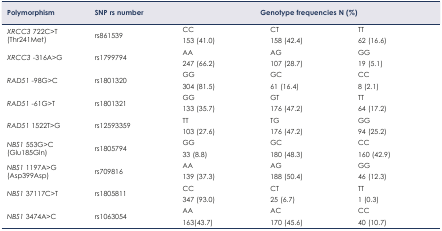
<table><thead><tr><td><b>Polymorphism</b></td><td><b>SNP rs number</b></td><td colspan="3"><b>Genotype frequencies N (%)</b></td></tr></thead><tbody><tr><td rowspan="2"><i>XRCC3</i> 722C&gt;T(Thr241Met)</td><td rowspan="2">rs861539</td><td>CC</td><td>CT</td><td>TT</td></tr><tr><td>153 (41.0)</td><td>158 (42.4)</td><td>62 (16.6)</td></tr><tr><td rowspan="2"><i>XRCC3</i> -316A&gt;G</td><td rowspan="2">rs1799794</td><td>AA</td><td>AG</td><td>GG</td></tr><tr><td>247 (66.2)</td><td>107 (28.7)</td><td>19 (5.1)</td></tr><tr><td rowspan="2"><i>RAD51</i> -98G&gt;C</td><td rowspan="2">rs1801320</td><td>GG</td><td>GC</td><td>CC</td></tr><tr><td>304 (81.5)</td><td>61 (16.4)</td><td>8 (2.1)</td></tr><tr><td rowspan="2"><i>RAD51</i> -61G&gt;T</td><td rowspan="2">rs1801321</td><td>GG</td><td>GT</td><td>TT</td></tr><tr><td>133 (35.7)</td><td>176 (47.2)</td><td>64 (17.2)</td></tr><tr><td rowspan="2"><i>RAD51</i> 1522T&gt;G</td><td rowspan="2">rs12593359</td><td>TT</td><td>TG</td><td>GG</td></tr><tr><td>103 (27.6)</td><td>176 (47.2)</td><td>94 (25.2)</td></tr><tr><td rowspan="2"><i>NBS1</i> 553G&gt;C(Glu185Gln)</td><td rowspan="2">rs1805794</td><td>GG</td><td>GC</td><td>CC</td></tr><tr><td>33 (8.8)</td><td>180 (48.3)</td><td>160 (42.9)</td></tr><tr><td rowspan="2"><i>NBS1</i> 1197A&gt;GAsp399Asp)</td><td rowspan="2">rs709816</td><td>AA</td><td>AG</td><td>GG</td></tr><tr><td>139 (37.3)</td><td>188 (50.4)</td><td>46 (12.3)</td></tr><tr><td rowspan="2"><i>NBS1</i> 37117C&gt;T</td><td rowspan="2">rs1805811</td><td>CC</td><td>CT</td><td>TT</td></tr><tr><td>347 (93.0)</td><td>25 (6.7)</td><td>1 (0.3)</td></tr><tr><td rowspan="2"><i>NBS1</i> 3474A&gt;C</td><td rowspan="2">rs1063054</td><td>AA</td><td>AC</td><td>CC</td></tr><tr><td>163(43.7)</td><td>170 (45.6)</td><td>40 (10.7)</td></tr></tbody></table>